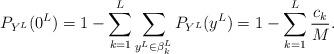
LaTeX: \begin{align*} P_{Y^L}(0^L) & = 1 - \sum_{k=1}^{L } \sum_{y^L \in \beta_k^L} P_{Y^L}(y^L) =1 - \sum_{k=1}^{L } \frac{c_k}{M}. \end{align*}